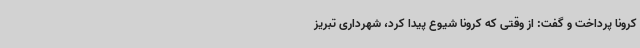
کرونا پرداخت و گفت: از وقتی که کرونا شیوع پیدا کرد، شهرداری تبریز